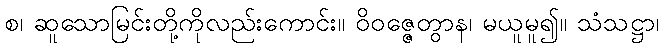
စ၊ ဆူသောမြင်းတို့ကိုလည်းကောင်း။ ဝိဝဇ္ဇေတွာန၊ မယူမူ၍။ သံသဋ္ဌာ၊